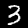
Digit: 3